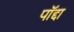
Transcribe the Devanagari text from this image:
पॉद्दा